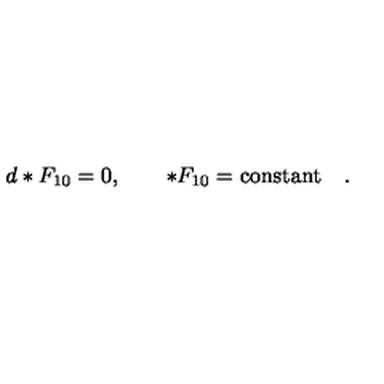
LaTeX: d * F _ { 1 0 } = 0 , \quad \quad * F _ { 1 0 } = \mathrm { c o n s t a n t } \quad .